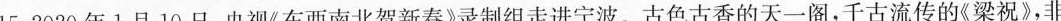
15.2020年1月10日，央视\ll 东西南北贺新春\gg录制组走进宁波。古色古香的天一阁，千古流传的梁祝\ll \gg，非